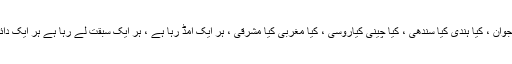
کیا عورت، کیا مرد ، کیا بوڑھے کیا جوان ، کیا ہندی کیا سندھی ، کیا چینی کیاروسی ، کیا مغربی کیا مشرقی ، ہر ایک امڈ رہا ہے ، ہر ایک سبقت لے رہا ہے ہر ایک دائرہ میں گھوم رہا ہے انٹی کلاک وائز ۔